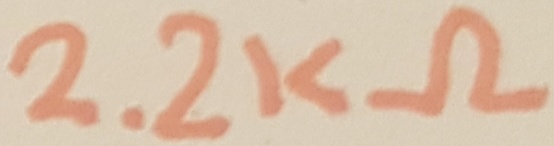
Text: 2.2KΩ